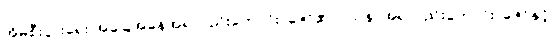
အိမ်စီးပွားရေး အခြေအနေအရလည်းကောင်း၊ ဇော်၏ ဝါသနာအရလည်းကောင်း၊ ဇော်နှင့်